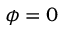
\phi = 0